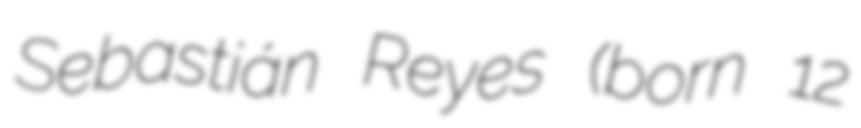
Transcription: Sebastián Reyes (born 12